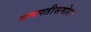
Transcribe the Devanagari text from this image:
गणपतीसमोरच